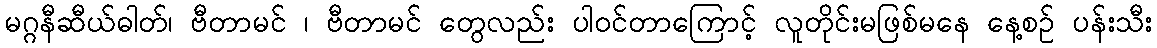
မဂ္ဂနီဆီယ်ဓါတ်၊ ဗီတာမင် ၊ ဗီတာမင် တွေလည်း ပါဝင်တာကြောင့် လူတိုင်းမဖြစ်မနေ နေ့စဉ် ပန်းသီး